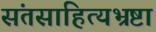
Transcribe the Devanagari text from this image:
संतसाहित्यभ्रष्टा